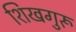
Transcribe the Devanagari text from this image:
शिखगुरू